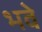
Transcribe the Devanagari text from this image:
भवे